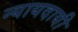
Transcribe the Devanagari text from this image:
न्यायदायी